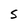
Character: s